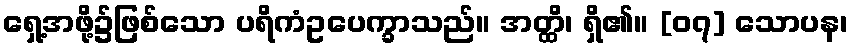
ရှေ့အဖို့၌ဖြစ်သော ပရိကံဥပေက္ခာသည်။ အတ္ထိ၊ ရှိ၏။ [၀၇] သောပန၊